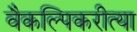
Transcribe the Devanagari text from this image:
वैकल्पिकरीत्या